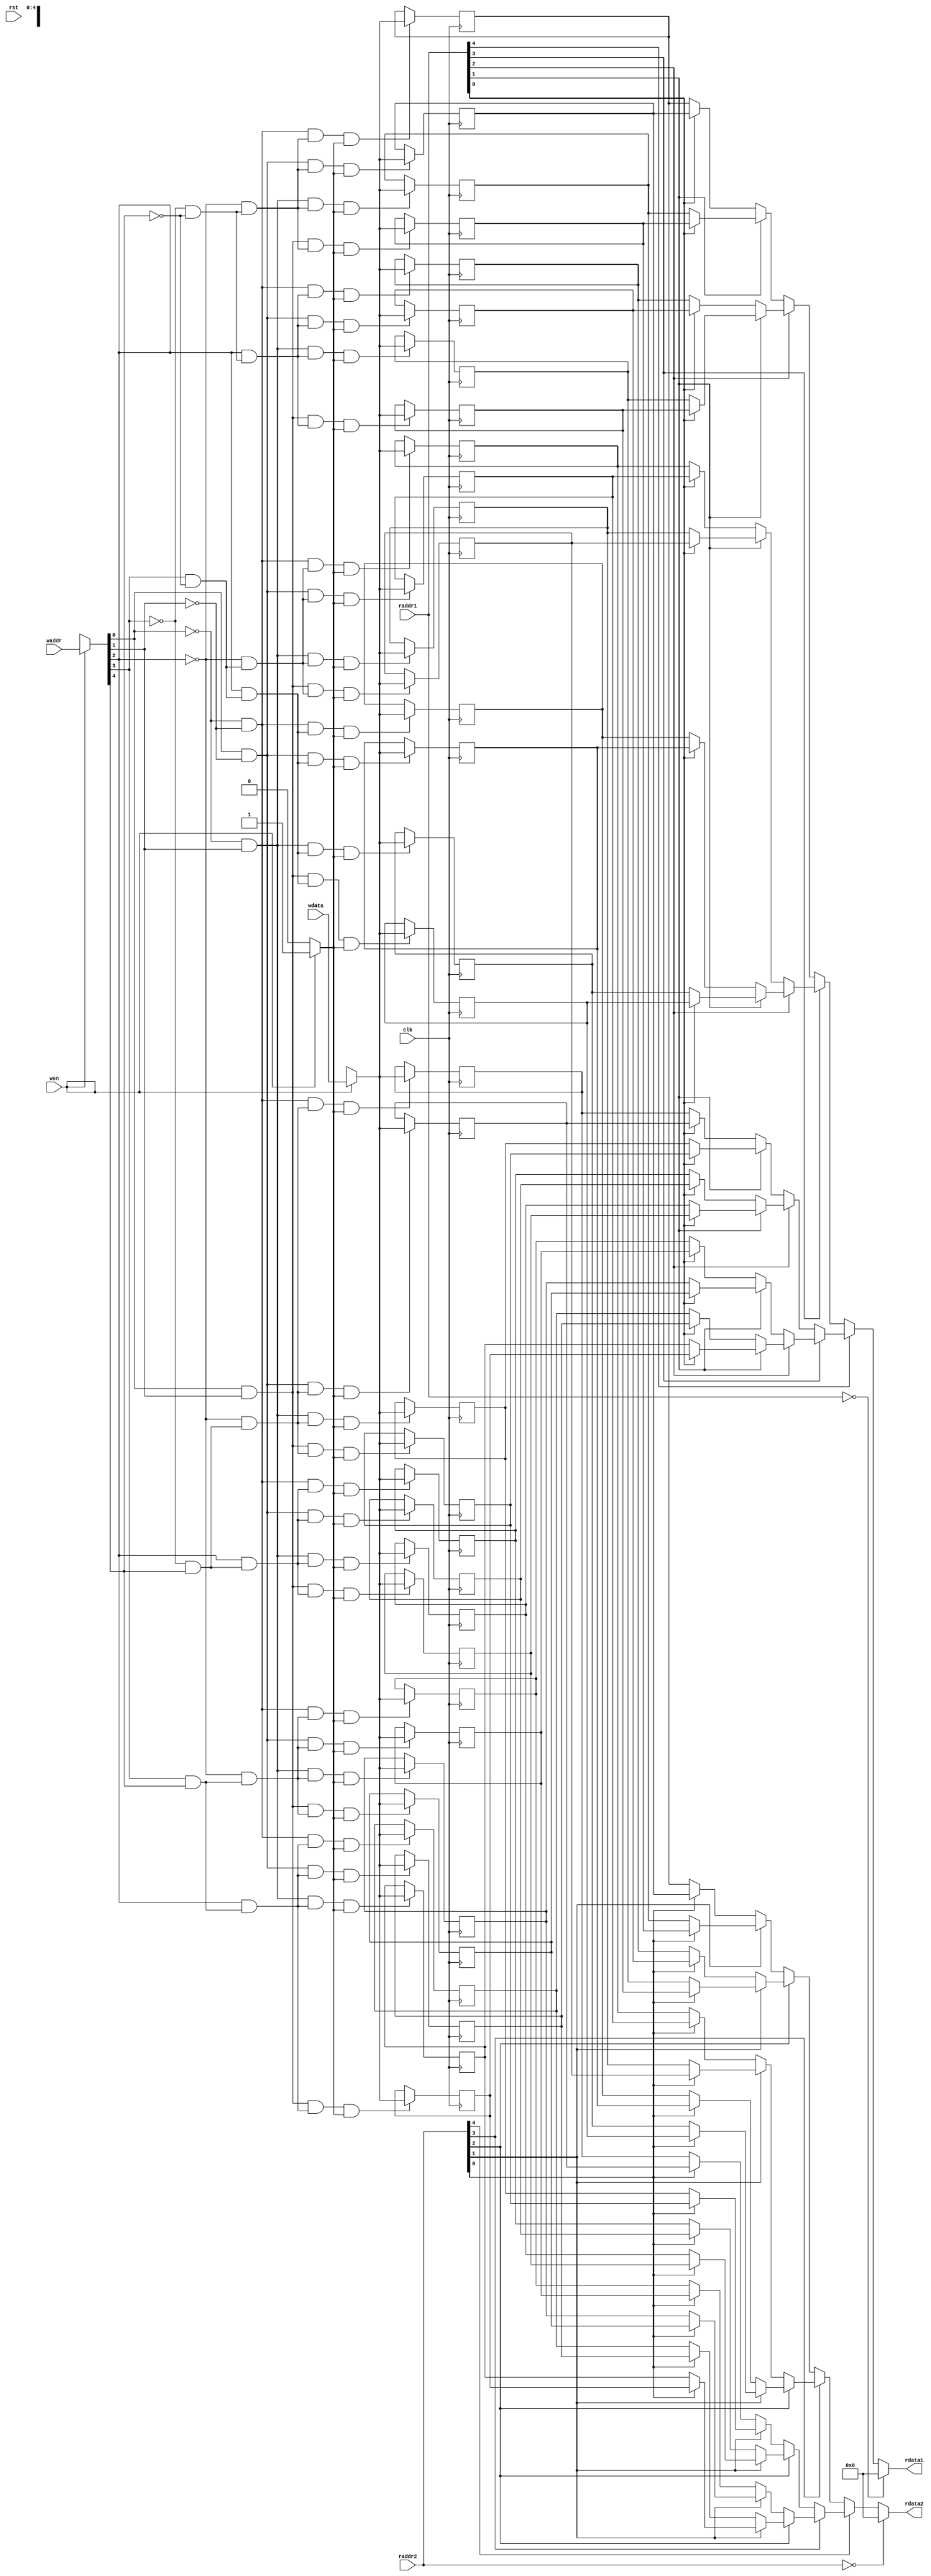
/* Generated by Yosys 0.12+36 (git sha1 60c3ea367, clang 10.0.0-4ubuntu1 -fPIC -Os) */

(* top =  1  *)
(* src = "reg_file.v:6.1-31.10" *)
module reg_file_reference(clk, rst, waddr, raddr1, raddr2, wen, wdata, rdata1, rdata2);
  (* src = "reg_file.v:22.2-26.5" *)
  wire [4:0] _000_;
  (* src = "reg_file.v:22.2-26.5" *)
  wire [31:0] _001_;
  (* src = "reg_file.v:22.2-26.5" *)
  wire [31:0] _002_;
  reg [31:0] _003_;
  reg [31:0] _004_;
  reg [31:0] _005_;
  reg [31:0] _006_;
  reg [31:0] _007_;
  reg [31:0] _008_;
  reg [31:0] _009_;
  reg [31:0] _010_;
  reg [31:0] _011_;
  reg [31:0] _012_;
  reg [31:0] _013_;
  reg [31:0] _014_;
  reg [31:0] _015_;
  reg [31:0] _016_;
  reg [31:0] _017_;
  reg [31:0] _018_;
  reg [31:0] _019_;
  reg [31:0] _020_;
  reg [31:0] _021_;
  reg [31:0] _022_;
  reg [31:0] _023_;
  reg [31:0] _024_;
  reg [31:0] _025_;
  reg [31:0] _026_;
  reg [31:0] _027_;
  reg [31:0] _028_;
  reg [31:0] _029_;
  reg [31:0] _030_;
  reg [31:0] _031_;
  reg [31:0] _032_;
  reg [31:0] _033_;
  reg [31:0] _034_;
  wire _035_;
  wire _036_;
  wire _037_;
  wire _038_;
  wire _039_;
  wire _040_;
  wire _041_;
  wire _042_;
  wire _043_;
  wire _044_;
  wire _045_;
  wire _046_;
  wire _047_;
  wire _048_;
  wire _049_;
  wire _050_;
  wire _051_;
  wire _052_;
  wire _053_;
  wire _054_;
  wire _055_;
  wire _056_;
  wire _057_;
  wire _058_;
  wire _059_;
  wire _060_;
  wire _061_;
  wire _062_;
  wire _063_;
  wire _064_;
  wire _065_;
  wire _066_;
  wire _067_;
  wire _068_;
  wire _069_;
  wire _070_;
  wire _071_;
  wire _072_;
  wire _073_;
  wire _074_;
  wire _075_;
  wire _076_;
  wire _077_;
  wire _078_;
  wire _079_;
  wire _080_;
  wire _081_;
  wire _082_;
  wire _083_;
  wire _084_;
  wire _085_;
  wire _086_;
  wire _087_;
  wire _088_;
  wire _089_;
  wire _090_;
  wire _091_;
  wire _092_;
  (* src = "reg_file.v:28.19-28.31" *)
  wire _093_;
  (* src = "reg_file.v:29.19-29.31" *)
  wire _094_;
  wire [31:0] _095_;
  wire [31:0] _096_;
  wire [31:0] _097_;
  wire [31:0] _098_;
  wire [31:0] _099_;
  wire [31:0] _100_;
  wire [31:0] _101_;
  wire [31:0] _102_;
  wire [31:0] _103_;
  wire [31:0] _104_;
  wire [31:0] _105_;
  wire [31:0] _106_;
  wire [31:0] _107_;
  wire [31:0] _108_;
  wire [31:0] _109_;
  wire [31:0] _110_;
  wire [31:0] _111_;
  wire [31:0] _112_;
  wire [31:0] _113_;
  wire [31:0] _114_;
  wire [31:0] _115_;
  wire [31:0] _116_;
  wire [31:0] _117_;
  wire [31:0] _118_;
  wire [31:0] _119_;
  wire [31:0] _120_;
  wire [31:0] _121_;
  wire [31:0] _122_;
  wire [31:0] _123_;
  wire [31:0] _124_;
  wire [31:0] _125_;
  wire [31:0] _126_;
  wire [31:0] _127_;
  wire [31:0] _128_;
  wire [31:0] _129_;
  wire [31:0] _130_;
  wire [31:0] _131_;
  wire [31:0] _132_;
  wire [31:0] _133_;
  wire [31:0] _134_;
  wire [31:0] _135_;
  wire [31:0] _136_;
  wire [31:0] _137_;
  wire [31:0] _138_;
  wire [31:0] _139_;
  wire [31:0] _140_;
  wire [31:0] _141_;
  wire [31:0] _142_;
  wire [31:0] _143_;
  wire [31:0] _144_;
  wire [31:0] _145_;
  wire [31:0] _146_;
  wire [31:0] _147_;
  wire [31:0] _148_;
  wire [31:0] _149_;
  wire [31:0] _150_;
  wire [31:0] _151_;
  wire [31:0] _152_;
  wire [31:0] _153_;
  wire [31:0] _154_;
  wire [31:0] _155_;
  wire [31:0] _156_;
  wire [31:0] _157_;
  wire [31:0] _158_;
  wire [31:0] _159_;
  wire [31:0] _160_;
  wire [31:0] _161_;
  wire [31:0] _162_;
  wire [31:0] _163_;
  wire [31:0] _164_;
  wire [31:0] _165_;
  wire [31:0] _166_;
  wire [31:0] _167_;
  wire [31:0] _168_;
  wire [31:0] _169_;
  wire [31:0] _170_;
  wire [31:0] _171_;
  wire [31:0] _172_;
  wire [31:0] _173_;
  wire [31:0] _174_;
  wire [31:0] _175_;
  wire [31:0] _176_;
  wire [31:0] _177_;
  wire [31:0] _178_;
  wire [31:0] _179_;
  wire [31:0] _180_;
  wire [31:0] _181_;
  wire [31:0] _182_;
  wire [31:0] _183_;
  wire [31:0] _184_;
  wire [31:0] _185_;
  wire [31:0] _186_;
  wire [31:0] _187_;
  wire [31:0] _188_;
  wire [31:0] _189_;
  wire [31:0] _190_;
  wire [31:0] _191_;
  wire [31:0] _192_;
  wire [31:0] _193_;
  wire [31:0] _194_;
  wire [31:0] _195_;
  wire [31:0] _196_;
  wire [31:0] _197_;
  wire [31:0] _198_;
  wire [31:0] _199_;
  wire [31:0] _200_;
  wire [31:0] _201_;
  wire [31:0] _202_;
  wire [31:0] _203_;
  wire [31:0] _204_;
  wire [31:0] _205_;
  wire [31:0] _206_;
  wire [31:0] _207_;
  wire [31:0] _208_;
  wire [31:0] _209_;
  wire [31:0] _210_;
  wire [31:0] _211_;
  wire [31:0] _212_;
  wire [31:0] _213_;
  wire [31:0] _214_;
  wire [31:0] _215_;
  wire [31:0] _216_;
  wire [31:0] _217_;
  wire [31:0] _218_;
  wire _219_;
  wire _220_;
  wire _221_;
  wire _222_;
  wire _223_;
  wire _224_;
  wire _225_;
  wire _226_;
  wire _227_;
  wire _228_;
  wire _229_;
  wire _230_;
  wire _231_;
  wire _232_;
  wire _233_;
  wire _234_;
  wire _235_;
  wire _236_;
  wire _237_;
  wire _238_;
  wire _239_;
  wire _240_;
  wire _241_;
  wire _242_;
  wire _243_;
  wire _244_;
  wire _245_;
  wire _246_;
  wire _247_;
  wire _248_;
  wire _249_;
  wire _250_;
  wire [31:0] _251_;
  wire [31:0] _252_;
  wire [31:0] _253_;
  wire [31:0] _254_;
  wire [31:0] _255_;
  wire [31:0] _256_;
  wire [31:0] _257_;
  wire [31:0] _258_;
  wire [31:0] _259_;
  wire [31:0] _260_;
  wire [31:0] _261_;
  wire [31:0] _262_;
  wire [31:0] _263_;
  wire [31:0] _264_;
  wire [31:0] _265_;
  wire [31:0] _266_;
  wire [31:0] _267_;
  wire [31:0] _268_;
  wire [31:0] _269_;
  wire [31:0] _270_;
  wire [31:0] _271_;
  wire [31:0] _272_;
  wire [31:0] _273_;
  wire [31:0] _274_;
  wire [31:0] _275_;
  wire [31:0] _276_;
  wire [31:0] _277_;
  wire [31:0] _278_;
  wire [31:0] _279_;
  wire [31:0] _280_;
  wire [31:0] _281_;
  wire [31:0] _282_;
  wire [31:0] _283_;
  wire [31:0] _284_;
  wire [31:0] _285_;
  wire [31:0] _286_;
  wire [31:0] _287_;
  wire [31:0] _288_;
  wire [31:0] _289_;
  wire [31:0] _290_;
  wire [31:0] _291_;
  wire [31:0] _292_;
  wire [31:0] _293_;
  wire [31:0] _294_;
  wire [31:0] _295_;
  wire [31:0] _296_;
  wire [31:0] _297_;
  wire [31:0] _298_;
  wire [31:0] _299_;
  wire [31:0] _300_;
  wire [31:0] _301_;
  wire [31:0] _302_;
  wire [31:0] _303_;
  wire [31:0] _304_;
  wire [31:0] _305_;
  wire [31:0] _306_;
  wire [31:0] _307_;
  wire [31:0] _308_;
  wire [31:0] _309_;
  wire [31:0] _310_;
  wire [31:0] _311_;
  wire [31:0] _312_;
  wire [31:0] _313_;
  wire [31:0] _314_;
  (* src = "reg_file.v:28.42-28.51" *)
  wire [31:0] _315_;
  (* src = "reg_file.v:29.42-29.51" *)
  wire [31:0] _316_;
  (* src = "reg_file.v:7.8-7.11" *)
  input clk;
  (* src = "reg_file.v:10.18-10.24" *)
  input [4:0] raddr1;
  (* src = "reg_file.v:11.18-11.24" *)
  input [4:0] raddr2;
  (* src = "reg_file.v:14.20-14.26" *)
  output [31:0] rdata1;
  (* src = "reg_file.v:15.20-15.26" *)
  output [31:0] rdata2;
  (* src = "reg_file.v:8.8-8.11" *)
  input rst;
  (* src = "reg_file.v:9.18-9.23" *)
  input [4:0] waddr;
  (* src = "reg_file.v:13.19-13.24" *)
  input [31:0] wdata;
  (* src = "reg_file.v:12.8-12.11" *)
  input wen;
  assign _083_ = _000_[0] == 1'h0;
  assign _084_ = _000_[1] == 1'h0;
  assign _085_ = _000_[2] == 1'h0;
  assign _086_ = _000_[3] == 1'h0;
  assign _087_ = _000_[4] == 1'h0;
  assign _088_ = _000_[0] == 1'h1;
  assign _089_ = _000_[1] == 1'h1;
  assign _090_ = _000_[2] == 1'h1;
  assign _091_ = _000_[3] == 1'h1;
  assign _092_ = _000_[4] == 1'h1;
  assign _035_ = _083_ & _084_;
  assign _036_ = _086_ & _087_;
  assign _037_ = _085_ & _036_;
  assign _038_ = _035_ & _037_;
  assign _039_ = _088_ & _084_;
  assign _040_ = _039_ & _037_;
  assign _041_ = _083_ & _089_;
  assign _042_ = _041_ & _037_;
  assign _043_ = _088_ & _089_;
  assign _044_ = _043_ & _037_;
  assign _045_ = _090_ & _036_;
  assign _046_ = _035_ & _045_;
  assign _047_ = _039_ & _045_;
  assign _048_ = _041_ & _045_;
  assign _049_ = _043_ & _045_;
  assign _050_ = _091_ & _087_;
  assign _051_ = _085_ & _050_;
  assign _052_ = _035_ & _051_;
  assign _053_ = _039_ & _051_;
  assign _054_ = _041_ & _051_;
  assign _055_ = _043_ & _051_;
  assign _056_ = _090_ & _050_;
  assign _057_ = _035_ & _056_;
  assign _058_ = _039_ & _056_;
  assign _059_ = _041_ & _056_;
  assign _060_ = _043_ & _056_;
  assign _061_ = _086_ & _092_;
  assign _062_ = _085_ & _061_;
  assign _063_ = _035_ & _062_;
  assign _064_ = _039_ & _062_;
  assign _065_ = _041_ & _062_;
  assign _066_ = _043_ & _062_;
  assign _067_ = _090_ & _061_;
  assign _068_ = _035_ & _067_;
  assign _069_ = _039_ & _067_;
  assign _070_ = _041_ & _067_;
  assign _071_ = _043_ & _067_;
  assign _072_ = _091_ & _092_;
  assign _073_ = _085_ & _072_;
  assign _074_ = _035_ & _073_;
  assign _075_ = _039_ & _073_;
  assign _076_ = _041_ & _073_;
  assign _077_ = _043_ & _073_;
  assign _078_ = _090_ & _072_;
  assign _079_ = _035_ & _078_;
  assign _080_ = _039_ & _078_;
  assign _081_ = _041_ & _078_;
  assign _082_ = _043_ & _078_;
  assign _093_ = ! (* src = "reg_file.v:28.19-28.31" *) raddr1;
  assign _094_ = ! (* src = "reg_file.v:29.19-29.31" *) raddr2;
  assign _316_ = raddr2[4] ? _096_ : _095_;
  assign _095_ = raddr2[3] ? _098_ : _097_;
  assign _096_ = raddr2[3] ? _100_ : _099_;
  assign _097_ = raddr2[2] ? _102_ : _101_;
  assign _098_ = raddr2[2] ? _104_ : _103_;
  assign _099_ = raddr2[2] ? _106_ : _105_;
  assign _100_ = raddr2[2] ? _108_ : _107_;
  assign _101_ = raddr2[1] ? _110_ : _109_;
  assign _102_ = raddr2[1] ? _112_ : _111_;
  assign _103_ = raddr2[1] ? _114_ : _113_;
  assign _104_ = raddr2[1] ? _116_ : _115_;
  assign _105_ = raddr2[1] ? _118_ : _117_;
  assign _106_ = raddr2[1] ? _120_ : _119_;
  assign _107_ = raddr2[1] ? _122_ : _121_;
  assign _108_ = raddr2[1] ? _124_ : _123_;
  assign _109_ = raddr2[0] ? _126_ : _125_;
  assign _119_ = raddr2[0] ? _128_ : _127_;
  assign _120_ = raddr2[0] ? _130_ : _129_;
  assign _121_ = raddr2[0] ? _132_ : _131_;
  assign _122_ = raddr2[0] ? _134_ : _133_;
  assign _123_ = raddr2[0] ? _136_ : _135_;
  assign _124_ = raddr2[0] ? _138_ : _137_;
  assign _110_ = raddr2[0] ? _140_ : _139_;
  assign _111_ = raddr2[0] ? _142_ : _141_;
  assign _112_ = raddr2[0] ? _144_ : _143_;
  assign _113_ = raddr2[0] ? _146_ : _145_;
  assign _114_ = raddr2[0] ? _148_ : _147_;
  assign _115_ = raddr2[0] ? _150_ : _149_;
  assign _116_ = raddr2[0] ? _152_ : _151_;
  assign _117_ = raddr2[0] ? _154_ : _153_;
  assign _118_ = raddr2[0] ? _156_ : _155_;
  assign _315_ = raddr1[4] ? _158_ : _157_;
  assign _157_ = raddr1[3] ? _160_ : _159_;
  assign _158_ = raddr1[3] ? _162_ : _161_;
  assign _159_ = raddr1[2] ? _164_ : _163_;
  assign _160_ = raddr1[2] ? _166_ : _165_;
  assign _161_ = raddr1[2] ? _168_ : _167_;
  assign _162_ = raddr1[2] ? _170_ : _169_;
  assign _163_ = raddr1[1] ? _172_ : _171_;
  assign _164_ = raddr1[1] ? _174_ : _173_;
  assign _165_ = raddr1[1] ? _176_ : _175_;
  assign _166_ = raddr1[1] ? _178_ : _177_;
  assign _167_ = raddr1[1] ? _180_ : _179_;
  assign _168_ = raddr1[1] ? _182_ : _181_;
  assign _169_ = raddr1[1] ? _184_ : _183_;
  assign _170_ = raddr1[1] ? _186_ : _185_;
  assign _171_ = raddr1[0] ? _188_ : _187_;
  assign _181_ = raddr1[0] ? _190_ : _189_;
  assign _182_ = raddr1[0] ? _192_ : _191_;
  assign _183_ = raddr1[0] ? _194_ : _193_;
  assign _184_ = raddr1[0] ? _196_ : _195_;
  assign _185_ = raddr1[0] ? _198_ : _197_;
  assign _186_ = raddr1[0] ? _200_ : _199_;
  assign _172_ = raddr1[0] ? _202_ : _201_;
  assign _173_ = raddr1[0] ? _204_ : _203_;
  assign _174_ = raddr1[0] ? _206_ : _205_;
  assign _175_ = raddr1[0] ? _208_ : _207_;
  assign _176_ = raddr1[0] ? _210_ : _209_;
  assign _177_ = raddr1[0] ? _212_ : _211_;
  assign _178_ = raddr1[0] ? _214_ : _213_;
  assign _179_ = raddr1[0] ? _216_ : _215_;
  assign _180_ = raddr1[0] ? _218_ : _217_;
  assign _219_ = _038_ & _002_[31];
  assign _220_ = _054_ & _002_[31];
  assign _221_ = _055_ & _002_[31];
  assign _222_ = _057_ & _002_[31];
  assign _223_ = _058_ & _002_[31];
  assign _224_ = _059_ & _002_[31];
  assign _225_ = _060_ & _002_[31];
  assign _226_ = _063_ & _002_[31];
  assign _227_ = _064_ & _002_[31];
  assign _228_ = _065_ & _002_[31];
  assign _229_ = _066_ & _002_[31];
  assign _230_ = _040_ & _002_[31];
  assign _231_ = _068_ & _002_[31];
  assign _232_ = _069_ & _002_[31];
  assign _233_ = _070_ & _002_[31];
  assign _234_ = _071_ & _002_[31];
  assign _235_ = _074_ & _002_[31];
  assign _236_ = _075_ & _002_[31];
  assign _237_ = _076_ & _002_[31];
  assign _238_ = _077_ & _002_[31];
  assign _239_ = _079_ & _002_[31];
  assign _240_ = _080_ & _002_[31];
  assign _241_ = _042_ & _002_[31];
  assign _242_ = _081_ & _002_[31];
  assign _243_ = _082_ & _002_[31];
  assign _244_ = _044_ & _002_[31];
  assign _245_ = _046_ & _002_[31];
  assign _246_ = _047_ & _002_[31];
  assign _247_ = _048_ & _002_[31];
  assign _248_ = _049_ & _002_[31];
  assign _249_ = _052_ & _002_[31];
  assign _250_ = _053_ & _002_[31];
  assign _251_ = _219_ ? _001_ : _034_;
  assign _252_ = _220_ ? _001_ : _024_;
  assign _253_ = _221_ ? _001_ : _023_;
  assign _254_ = _222_ ? _001_ : _022_;
  assign _255_ = _223_ ? _001_ : _021_;
  assign _256_ = _224_ ? _001_ : _020_;
  assign _257_ = _225_ ? _001_ : _019_;
  assign _258_ = _226_ ? _001_ : _018_;
  assign _259_ = _227_ ? _001_ : _017_;
  assign _260_ = _228_ ? _001_ : _016_;
  assign _261_ = _229_ ? _001_ : _015_;
  assign _262_ = _230_ ? _001_ : _033_;
  assign _263_ = _231_ ? _001_ : _014_;
  assign _264_ = _232_ ? _001_ : _013_;
  assign _265_ = _233_ ? _001_ : _012_;
  assign _266_ = _234_ ? _001_ : _011_;
  assign _267_ = _235_ ? _001_ : _010_;
  assign _268_ = _236_ ? _001_ : _009_;
  assign _269_ = _237_ ? _001_ : _008_;
  assign _270_ = _238_ ? _001_ : _007_;
  assign _271_ = _239_ ? _001_ : _006_;
  assign _272_ = _240_ ? _001_ : _005_;
  assign _273_ = _241_ ? _001_ : _032_;
  assign _274_ = _242_ ? _001_ : _004_;
  assign _275_ = _243_ ? _001_ : _003_;
  assign _276_ = _244_ ? _001_ : _031_;
  assign _277_ = _245_ ? _001_ : _030_;
  assign _278_ = _246_ ? _001_ : _029_;
  assign _279_ = _247_ ? _001_ : _028_;
  assign _280_ = _248_ ? _001_ : _027_;
  assign _281_ = _249_ ? _001_ : _026_;
  assign _282_ = _250_ ? _001_ : _025_;
  always @(posedge clk)
    _034_ <= _283_;
  always @(posedge clk)
    _024_ <= _284_;
  always @(posedge clk)
    _023_ <= _285_;
  always @(posedge clk)
    _022_ <= _286_;
  always @(posedge clk)
    _021_ <= _287_;
  always @(posedge clk)
    _020_ <= _288_;
  always @(posedge clk)
    _019_ <= _289_;
  always @(posedge clk)
    _018_ <= _290_;
  always @(posedge clk)
    _017_ <= _291_;
  always @(posedge clk)
    _016_ <= _292_;
  always @(posedge clk)
    _015_ <= _293_;
  always @(posedge clk)
    _033_ <= _294_;
  always @(posedge clk)
    _014_ <= _295_;
  always @(posedge clk)
    _013_ <= _296_;
  always @(posedge clk)
    _012_ <= _297_;
  always @(posedge clk)
    _011_ <= _298_;
  always @(posedge clk)
    _010_ <= _299_;
  always @(posedge clk)
    _009_ <= _300_;
  always @(posedge clk)
    _008_ <= _301_;
  always @(posedge clk)
    _007_ <= _302_;
  always @(posedge clk)
    _006_ <= _303_;
  always @(posedge clk)
    _005_ <= _304_;
  always @(posedge clk)
    _032_ <= _305_;
  always @(posedge clk)
    _004_ <= _306_;
  always @(posedge clk)
    _003_ <= _307_;
  always @(posedge clk)
    _031_ <= _308_;
  always @(posedge clk)
    _030_ <= _309_;
  always @(posedge clk)
    _029_ <= _310_;
  always @(posedge clk)
    _028_ <= _311_;
  always @(posedge clk)
    _027_ <= _312_;
  always @(posedge clk)
    _026_ <= _313_;
  always @(posedge clk)
    _025_ <= _314_;
  assign _002_[31] = wen ? (* full_case = 32'd1 *) (* src = "reg_file.v:23.6-23.9|reg_file.v:23.3-25.6" *) 1'h1 : 1'h0;
  assign _001_ = wen ? (* full_case = 32'd1 *) (* src = "reg_file.v:23.6-23.9|reg_file.v:23.3-25.6" *) wdata : 32'hxxxxxxxx;
  assign _000_ = wen ? (* full_case = 32'd1 *) (* src = "reg_file.v:23.6-23.9|reg_file.v:23.3-25.6" *) waddr : 5'hxx;
  assign rdata1 = _093_ ? (* src = "reg_file.v:28.18-28.59" *) 32'd0 : _315_;
  assign rdata2 = _094_ ? (* src = "reg_file.v:29.18-29.59" *) 32'd0 : _316_;
  assign _002_[30:0] = { _002_[31], _002_[31], _002_[31], _002_[31], _002_[31], _002_[31], _002_[31], _002_[31], _002_[31], _002_[31], _002_[31], _002_[31], _002_[31], _002_[31], _002_[31], _002_[31], _002_[31], _002_[31], _002_[31], _002_[31], _002_[31], _002_[31], _002_[31], _002_[31], _002_[31], _002_[31], _002_[31], _002_[31], _002_[31], _002_[31], _002_[31] };
  assign _125_ = _034_;
  assign _126_ = _033_;
  assign _139_ = _032_;
  assign _140_ = _031_;
  assign _141_ = _030_;
  assign _142_ = _029_;
  assign _143_ = _028_;
  assign _144_ = _027_;
  assign _145_ = _026_;
  assign _146_ = _025_;
  assign _147_ = _024_;
  assign _148_ = _023_;
  assign _149_ = _022_;
  assign _150_ = _021_;
  assign _151_ = _020_;
  assign _152_ = _019_;
  assign _153_ = _018_;
  assign _154_ = _017_;
  assign _155_ = _016_;
  assign _156_ = _015_;
  assign _127_ = _014_;
  assign _128_ = _013_;
  assign _129_ = _012_;
  assign _130_ = _011_;
  assign _131_ = _010_;
  assign _132_ = _009_;
  assign _133_ = _008_;
  assign _134_ = _007_;
  assign _135_ = _006_;
  assign _136_ = _005_;
  assign _137_ = _004_;
  assign _138_ = _003_;
  assign _187_ = _034_;
  assign _188_ = _033_;
  assign _201_ = _032_;
  assign _202_ = _031_;
  assign _203_ = _030_;
  assign _204_ = _029_;
  assign _205_ = _028_;
  assign _206_ = _027_;
  assign _207_ = _026_;
  assign _208_ = _025_;
  assign _209_ = _024_;
  assign _210_ = _023_;
  assign _211_ = _022_;
  assign _212_ = _021_;
  assign _213_ = _020_;
  assign _214_ = _019_;
  assign _215_ = _018_;
  assign _216_ = _017_;
  assign _217_ = _016_;
  assign _218_ = _015_;
  assign _189_ = _014_;
  assign _190_ = _013_;
  assign _191_ = _012_;
  assign _192_ = _011_;
  assign _193_ = _010_;
  assign _194_ = _009_;
  assign _195_ = _008_;
  assign _196_ = _007_;
  assign _197_ = _006_;
  assign _198_ = _005_;
  assign _199_ = _004_;
  assign _200_ = _003_;
  assign _283_ = _251_;
  assign _294_ = _262_;
  assign _305_ = _273_;
  assign _308_ = _276_;
  assign _309_ = _277_;
  assign _310_ = _278_;
  assign _311_ = _279_;
  assign _312_ = _280_;
  assign _313_ = _281_;
  assign _314_ = _282_;
  assign _284_ = _252_;
  assign _285_ = _253_;
  assign _286_ = _254_;
  assign _287_ = _255_;
  assign _288_ = _256_;
  assign _289_ = _257_;
  assign _290_ = _258_;
  assign _291_ = _259_;
  assign _292_ = _260_;
  assign _293_ = _261_;
  assign _295_ = _263_;
  assign _296_ = _264_;
  assign _297_ = _265_;
  assign _298_ = _266_;
  assign _299_ = _267_;
  assign _300_ = _268_;
  assign _301_ = _269_;
  assign _302_ = _270_;
  assign _303_ = _271_;
  assign _304_ = _272_;
  assign _306_ = _274_;
  assign _307_ = _275_;
endmodule